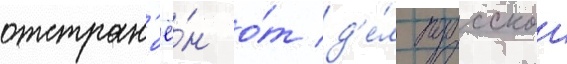
отстран'ё́н о́т д'е́л прусскои